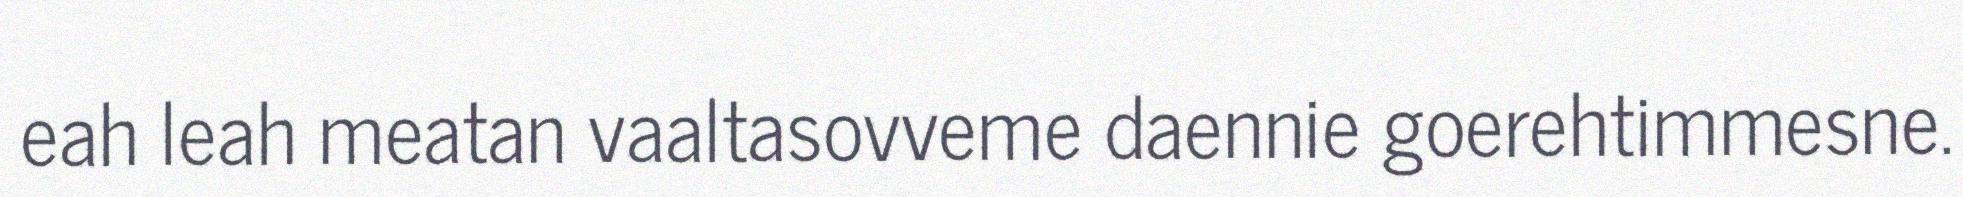
eah leah meatan vaaltasovveme daennie goerehtimmesne.